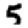
Digit: 5